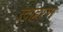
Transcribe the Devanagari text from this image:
उदाह्ररण